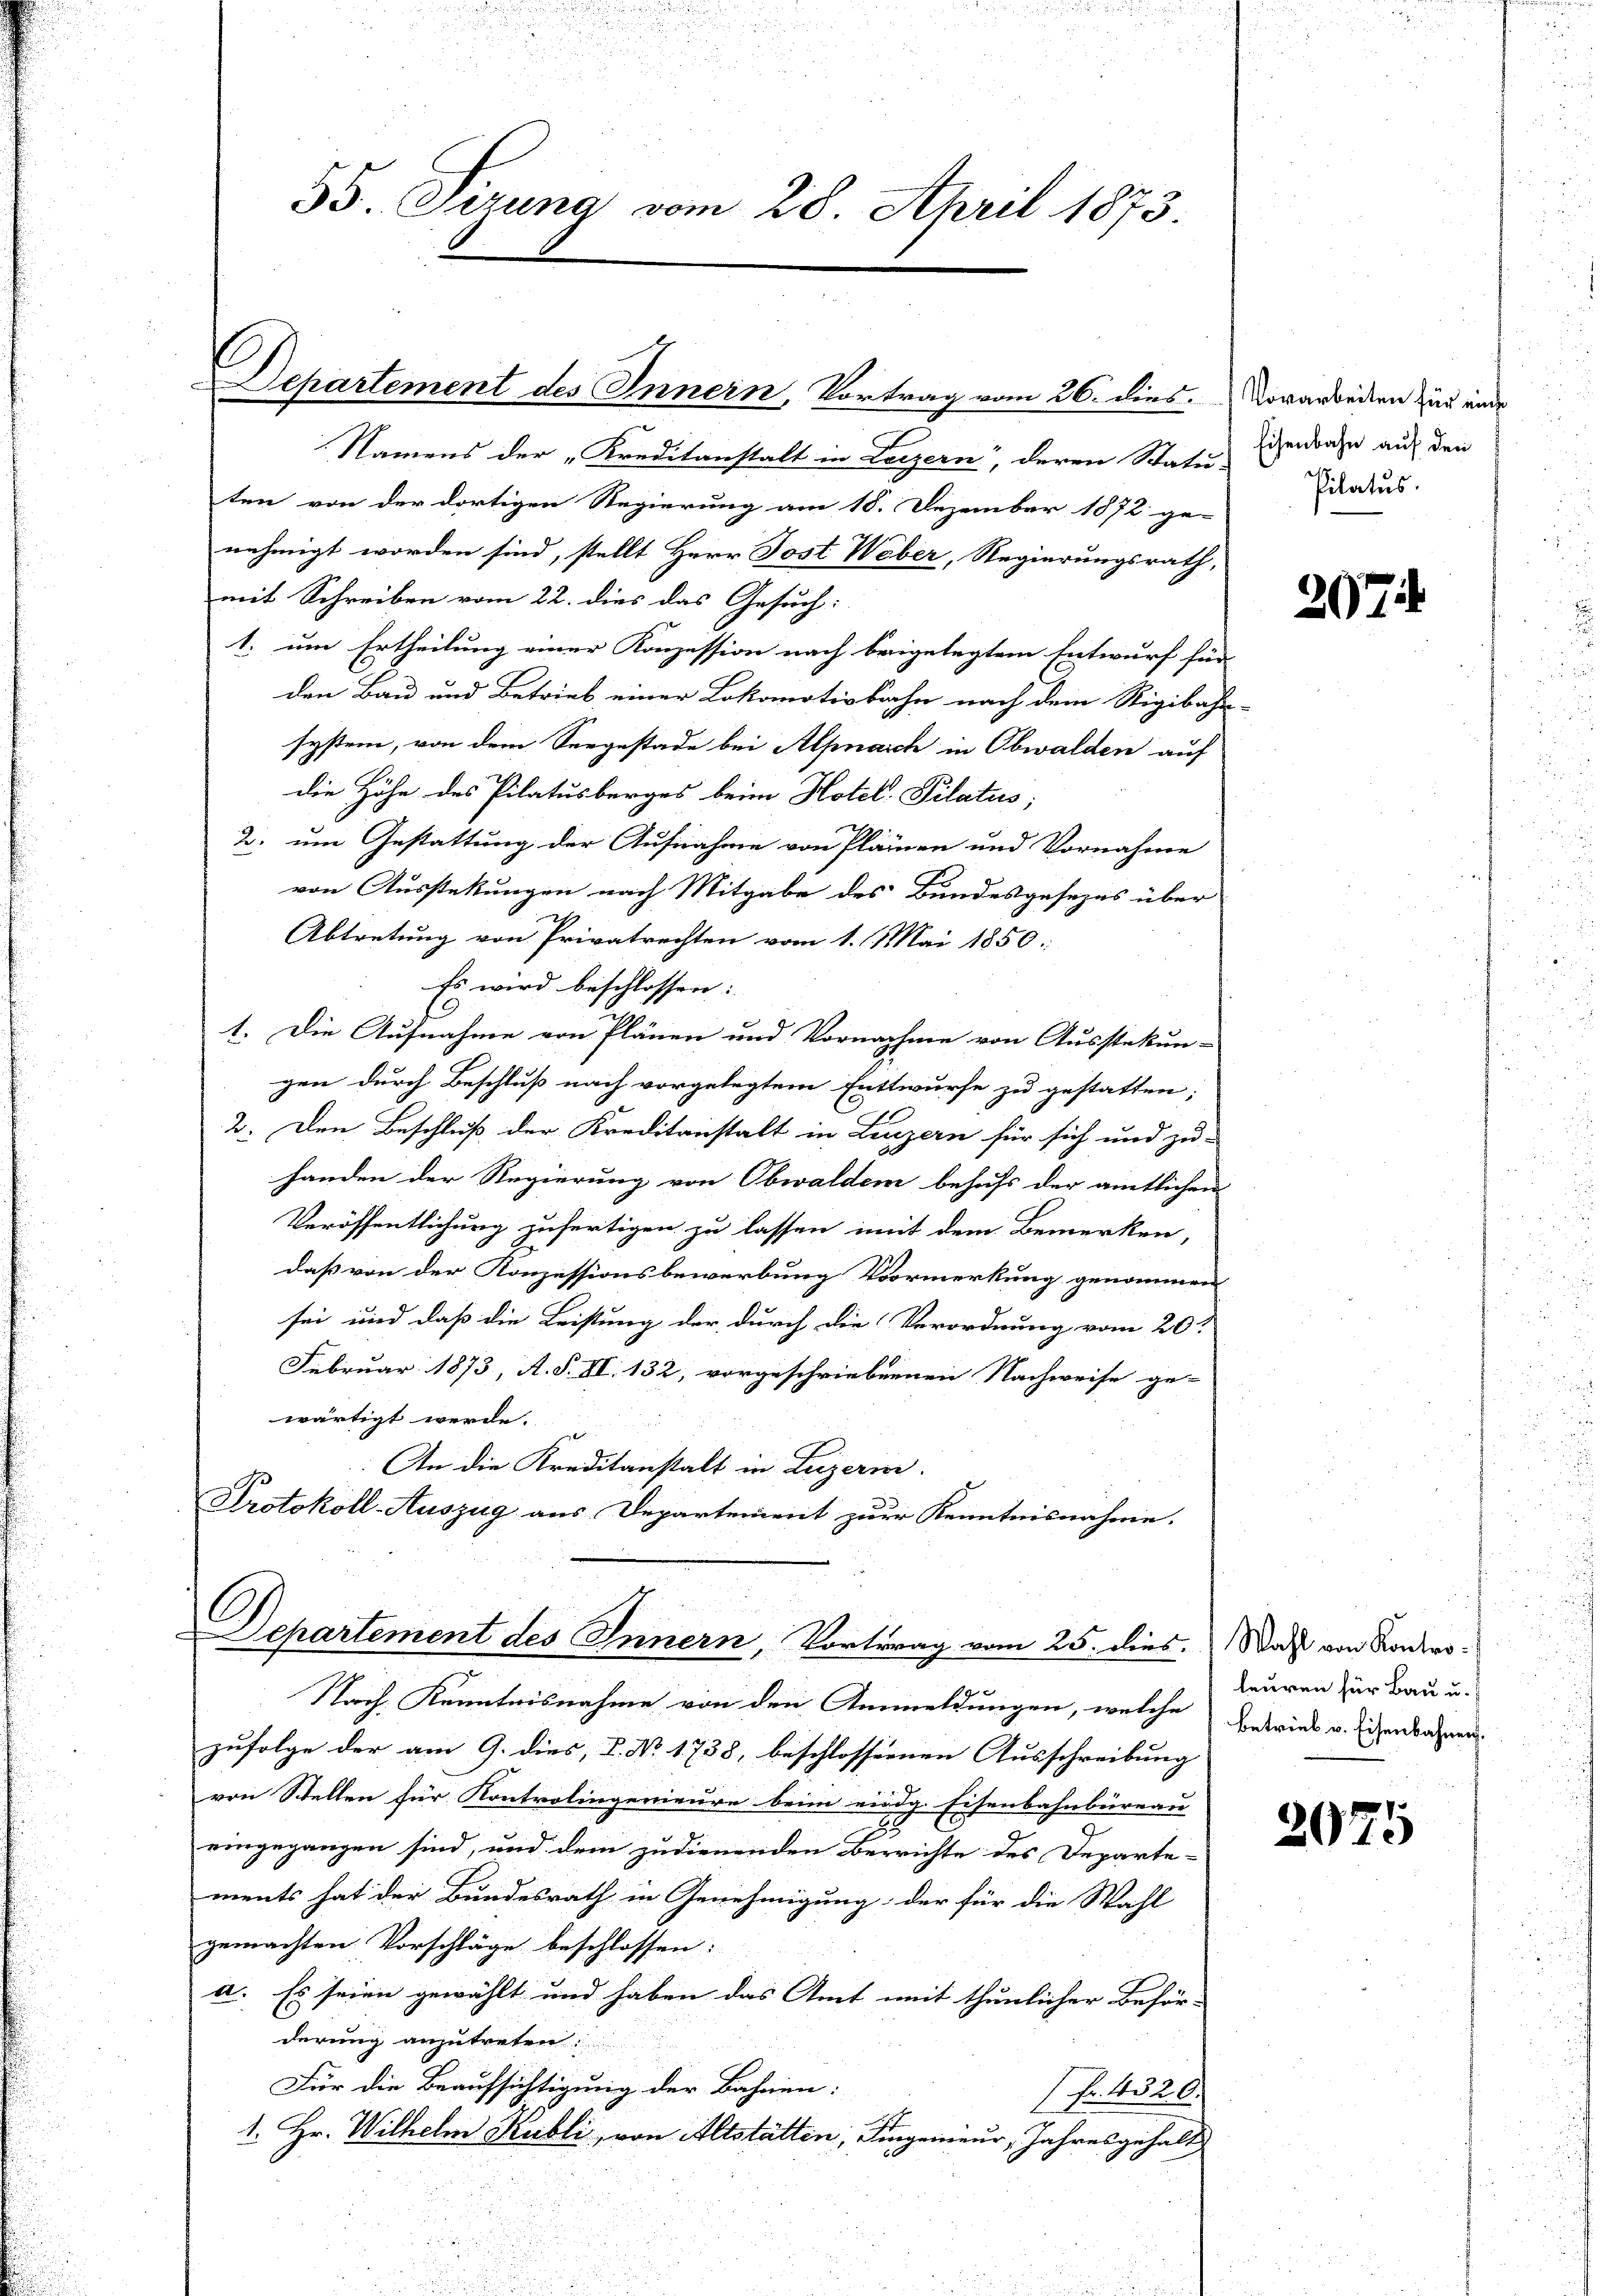
55. Sirung vom 28. April 1873.

Departement des Innern, Vortrag vom 26. dies. Vorarbeiten zur eine
Namens der „Kreditanstalt in Luzern, deren Statu-
ten von der dortigen Regierung am 18. Dezember 1872 ge-
nehmigt worden sind, stellt Herr Post Weber, Regierungsrath,
mit Schreiben vom 22. dies das Gesuch:
1. um Ertheilung einer Konzession nach beigelegtem Entwurf für
den Bau und Betrieb einer Lokomotivbahn nach dem Stigibahn-
system, von dem Seegestade bei Alpnaich in Obwalden auf
die Höhe des Pilatusberges beim Hotel Pilatus;
2. um Gestattung der Aufnahme von Plänen und Vornahme
von Ausstellungen nach Mitgabe des Bundesgesezes über
Abtretung von Privatrechten vom 1. Mai 1850.
Es wird beschlossen:
C
1. Die Aufnahme von Plänen und Vornachme von Ausstekun-
gen durch Beschluß nach vorgelegtem Entwurfe zu gestatten,
2. Den Beschluß der Kreditanstalt in Luzern für sich und zu-
handen der Regierung von Obwaldem behufs der amtlichen
Veröffentlichung zufertigen zu lassen mit dem Bemerken,
daß von der Konzessionsbewerbung Vormerkung genommen
sei und daß die Leistung der durch die Verordnung vom 20.
Februar 1873, A. S. VI. 132, vorgeschriebenen Nachweise ge-
wärtigt werde.
e
An die Kreditanstalt in Luzern.
Protokoll-Auszug aus Departement zur Kenntnisnahme.

C
Departement des Innern, Vortrag vom 25. dies. Was von Konko¬

Nach Kenntnisnahme von den Anmeldungen, welche
zufolge der am 9. dies, P. Nr. 1738, beschlossenen Ausschreibung
von Stellen für Kontrolingenieure beim eidg. Eisenbahnbureau
2
eingegangen sind, und dem zudienenden Berrichte des Departe-
ments hat der Bundesrath in Genehmigung der für die Wahl
gemachten Vorschläge beschlossen:
a. Es seien gewählt und haben das Amt mit thunlicher Beför-
derung anzutreten.
Für die Beaufsichtigung der Bahnen:
Nr. 126.
1. Hr. Wilhelm Kubli, von Altstatten, Eingenieur, Jahresgehalt

Eisenbahn auf den
Pilatus.

207

leuren für Bau u.
Betrieb u. Eisenbahnen.

2075